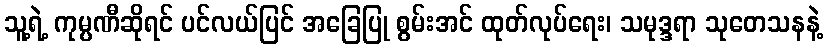
သူ့ရဲ့ ကုမ္ပဏီဆိုရင် ပင်လယ်ပြင် အခြေပြု စွမ်းအင် ထုတ်လုပ်ရေး၊ သမုဒ္ဒရာ သုတေသနနဲ့